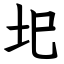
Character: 圯